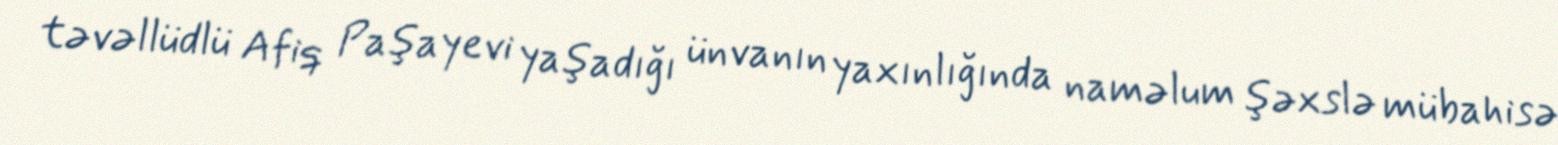
təvəllüdlü Afiq Paşayevi yaşadığı ünvanın yaxınlığında naməlum şəxslə mübahisə